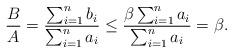
LaTeX: \begin{align*}\frac{B}{A} = \frac{ \sum_{i=1}^n b_i }{ \sum_{i=1}^n a_i} \leq\frac{ \beta \sum_{i=1}^n a_i }{ \sum_{i=1}^n a_i}= \beta.\end{align*}